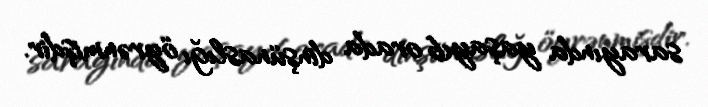
sarayında yaşayıb orada dinşünaslığı öyrənmişdir.